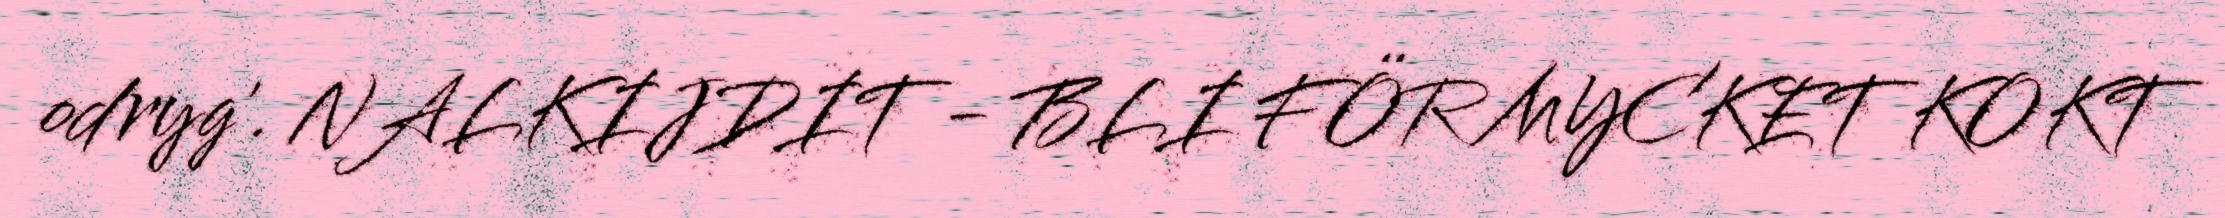
odryg'. NALKIJDIT - BLI FÖR MYCKET KOKT